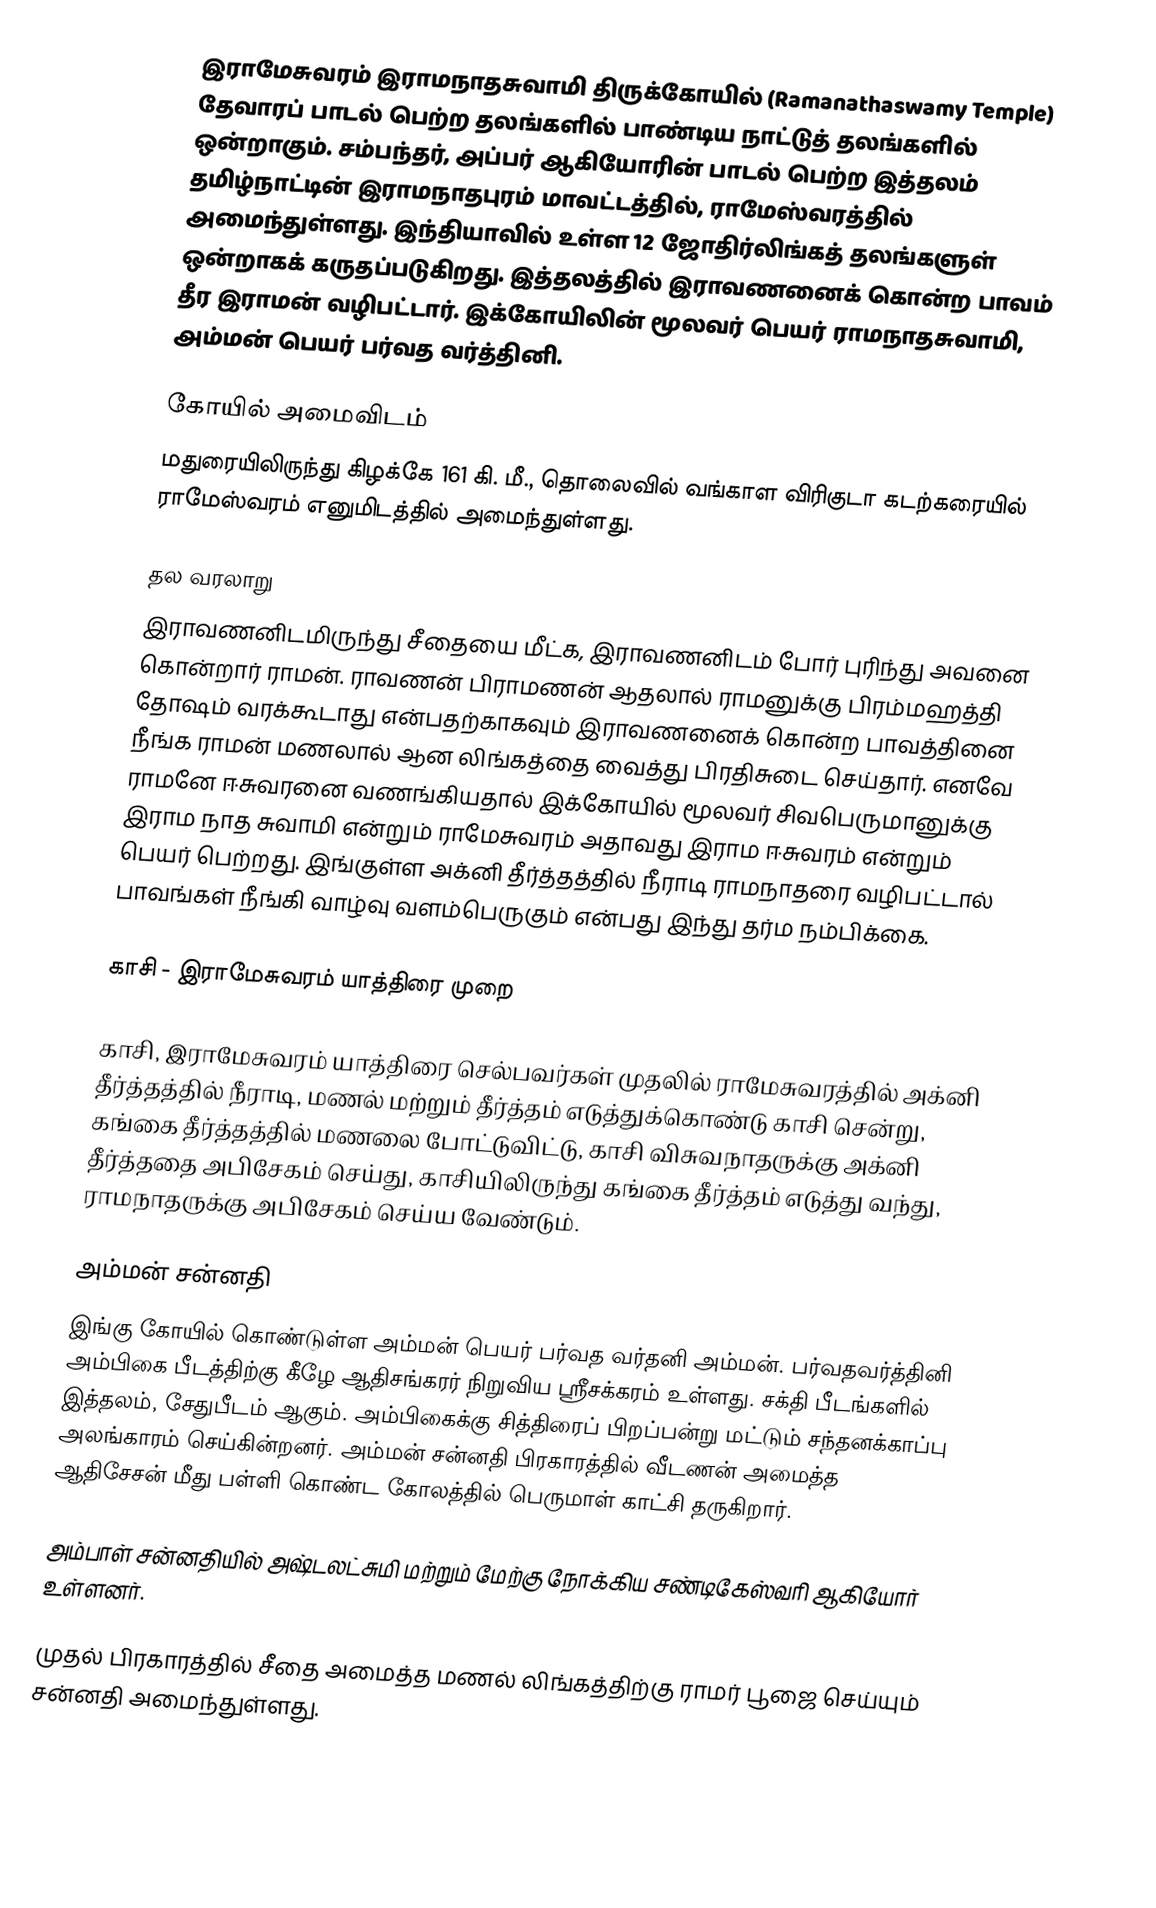
இராமேசுவரம் இராமநாதசுவாமி திருக்கோயில் (Ramanathaswamy Temple) தேவாரப் பாடல் பெற்ற தலங்களில் பாண்டிய நாட்டுத் தலங்களில் ஒன்றாகும். சம்பந்தர், அப்பர் ஆகியோரின் பாடல் பெற்ற இத்தலம் தமிழ்நாட்டின் இராமநாதபுரம் மாவட்டத்தில், ராமேஸ்வரத்தில் அமைந்துள்ளது. இந்தியாவில் உள்ள 12 ஜோதிர்லிங்கத் தலங்களுள் ஒன்றாகக் கருதப்படுகிறது. இத்தலத்தில் இராவணனைக் கொன்ற பாவம் தீர இராமன் வழிபட்டார். இக்கோயிலின் மூலவர் பெயர் ராமநாதசுவாமி, அம்மன் பெயர் பர்வத வர்த்தினி.

கோயில் அமைவிடம்
மதுரையிலிருந்து கிழக்கே 161 கி. மீ., தொலைவில் வங்காள விரிகுடா கடற்கரையில் ராமேஸ்வரம் எனுமிடத்தில் அமைந்துள்ளது.

தல வரலாறு
இராவணனிடமிருந்து சீதையை மீட்க, இராவணனிடம் போர் புரிந்து அவனை கொன்றார் ராமன். ராவணன் பிராமணன் ஆதலால் ராமனுக்கு பிரம்மஹத்தி தோஷம் வரக்கூடாது என்பதற்காகவும் இராவணனைக் கொன்ற பாவத்தினை நீங்க ராமன் மணலால் ஆன லிங்கத்தை வைத்து பிரதிசுடை செய்தார். எனவே ராமனே ஈசுவரனை வணங்கியதால் இக்கோயில் மூலவர் சிவபெருமானுக்கு இராம நாத சுவாமி என்றும் ராமேசுவரம் அதாவது  இராம ஈசுவரம் என்றும் பெயர் பெற்றது. இங்குள்ள அக்னி தீர்த்தத்தில் நீராடி ராமநாதரை வழிபட்டால் பாவங்கள் நீங்கி வாழ்வு வளம்பெருகும் என்பது இந்து தர்ம நம்பிக்கை.

காசி - இராமேசுவரம் யாத்திரை முறை

காசி, இராமேசுவரம் யாத்திரை செல்பவர்கள் முதலில் ராமேசுவரத்தில் அக்னி தீர்த்தத்தில் நீராடி, மணல் மற்றும் தீர்த்தம் எடுத்துக்கொண்டு காசி சென்று, கங்கை தீர்த்தத்தில் மணலை போட்டுவிட்டு, காசி விசுவநாதருக்கு அக்னி தீர்த்ததை அபிசேகம் செய்து, காசியிலிருந்து கங்கை தீர்த்தம் எடுத்து வந்து, ராமநாதருக்கு அபிசேகம் செய்ய வேண்டும்.

அம்மன் சன்னதி
இங்கு கோயில் கொண்டுள்ள அம்மன் பெயர் பர்வத வர்தனி அம்மன். பர்வதவர்த்தினி அம்பிகை பீடத்திற்கு கீழே ஆதிசங்கரர் நிறுவிய ஸ்ரீசக்கரம் உள்ளது. சக்தி பீடங்களில் இத்தலம், சேதுபீடம் ஆகும். அம்பிகைக்கு சித்திரைப் பிறப்பன்று மட்டும் சந்தனக்காப்பு அலங்காரம் செய்கின்றனர். அம்மன் சன்னதி பிரகாரத்தில் வீடணன் அமைத்த ஆதிசேசன் மீது பள்ளி கொண்ட கோலத்தில் பெருமாள் காட்சி தருகிறார்.

அம்பாள் சன்னதியில் அஷ்டலட்சுமி மற்றும் மேற்கு நோக்கிய சண்டிகேஸ்வரி ஆகியோர் உள்ளனர்.

முதல் பிரகாரத்தில் சீதை அமைத்த மணல் லிங்கத்திற்கு ராமர் பூஜை செய்யும் சன்னதி அமைந்துள்ளது.